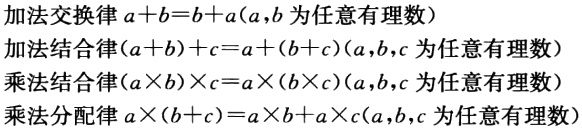
加法交换律 \(a + b = b + a\) (\(a,b\) 为任意有理数)
加法结合律 \((a + b)+c = a+(b + c)\) (\(a,b,c\) 为任意有理数)
乘法结合律 \((a\times b)\times c = a\times(b\times c)\) (\(a,b,c\) 为任意有理数)
乘法分配律 \(a\times(b + c)=a\times b+a\times c\) (\(a,b,c\) 为任意有理数)